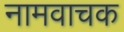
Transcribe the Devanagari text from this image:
नामवाचक